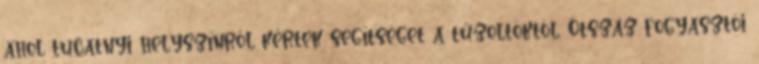
ahol tucatnyi helyszínről kértek segítséget a tűzoltóktól. Ötszáz fogyasztói